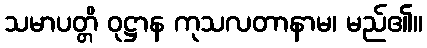
သမာပတ္တိ ဝုဋ္ဌာန ကုသလတာနာမ၊ မည်၏။